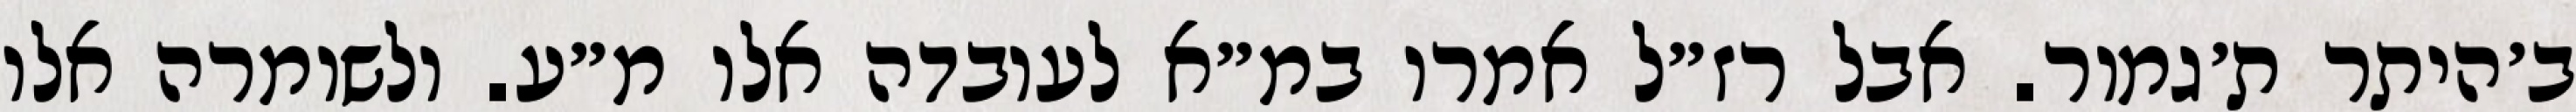
ב׳היתר ת׳גמור. אבל רז״ל אמרו במ״א לעובדה אלו מ״ע. ולשומרה אלו